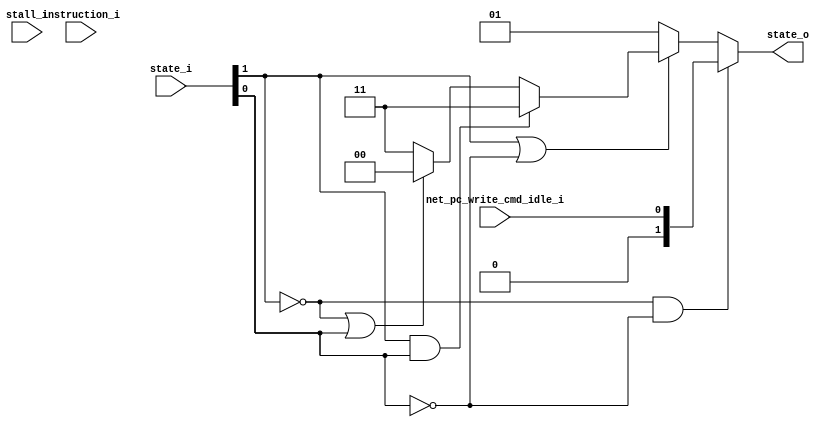
module cl_state_machine
(
  instruction_i,
  state_i,
  net_pc_write_cmd_idle_i,
  stall_i,
  state_o
);

  input [31:0] instruction_i;
  input [1:0] state_i;
  output [1:0] state_o;
  input net_pc_write_cmd_idle_i;
  input stall_i;
  wire [1:0] state_o;
  wire N0,N1,N2,N3,N4,N5,N6,N7,N8,N9,N10,N11;
  assign N6 = N4 & N5;
  assign N7 = state_i[1] | N5;
  assign N9 = state_i[1] & state_i[0];
  assign N10 = N4 | state_i[0];
  assign state_o = (N0)? { 1'b0, net_pc_write_cmd_idle_i } : 
                   (N1)? { 1'b0, 1'b1 } : 
                   (N2)? { 1'b1, 1'b1 } : 
                   (N3)? { 1'b1, 1'b1 } : 1'b0;
  assign N0 = N6;
  assign N1 = N8;
  assign N2 = N9;
  assign N3 = N11;
  assign N4 = ~state_i[1];
  assign N5 = ~state_i[0];
  assign N8 = ~N7;
  assign N11 = ~N10;

endmodule